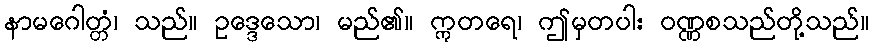
နာမဂေါတ္တံ၊ သည်။ ဥဒ္ဒေသော၊ မည်၏။ ဣတရေ၊ ဤမှတပါး ဝဏ္ဏစသည်တို့သည်။